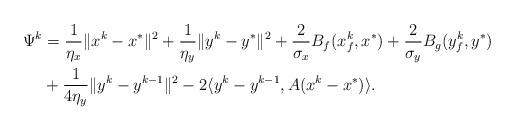
LaTeX: \begin{align*}\Psi^k &= \frac{1}{\eta_x}\|x^k - x^*\|^2+\frac{1}{\eta_y}\|y^k - y^*\|^2+\frac{2}{\sigma_x}B_f(x_f^k, x^*)+\frac{2}{\sigma_y}B_g(y_f^k, y^*)\\&+\frac{1}{4\eta_y}\|y^k - y^{k-1}\|^2-2\langle y^k-y^{k-1}, A(x^k-x^*) \rangle.\end{align*}